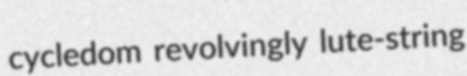
cycledom revolvingly lute-string